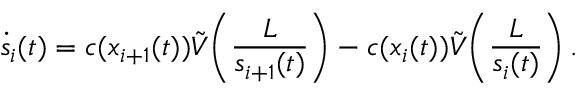
\dot { s } _ { i } ( t ) = c ( x _ { i + 1 } ( t ) ) \tilde { V } \! \left( \frac { L } { s _ { i + 1 } ( t ) } \right) - c ( x _ { i } ( t ) ) \tilde { V } \! \left( \frac { L } { s _ { i } ( t ) } \right) .